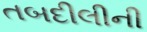
તબદીલીની